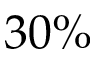
3 0 \%